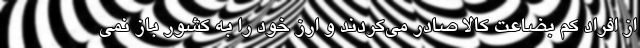
از افراد کم بضاعت کالا صادر می‌کردند و ارز خود را به کشور باز نمی